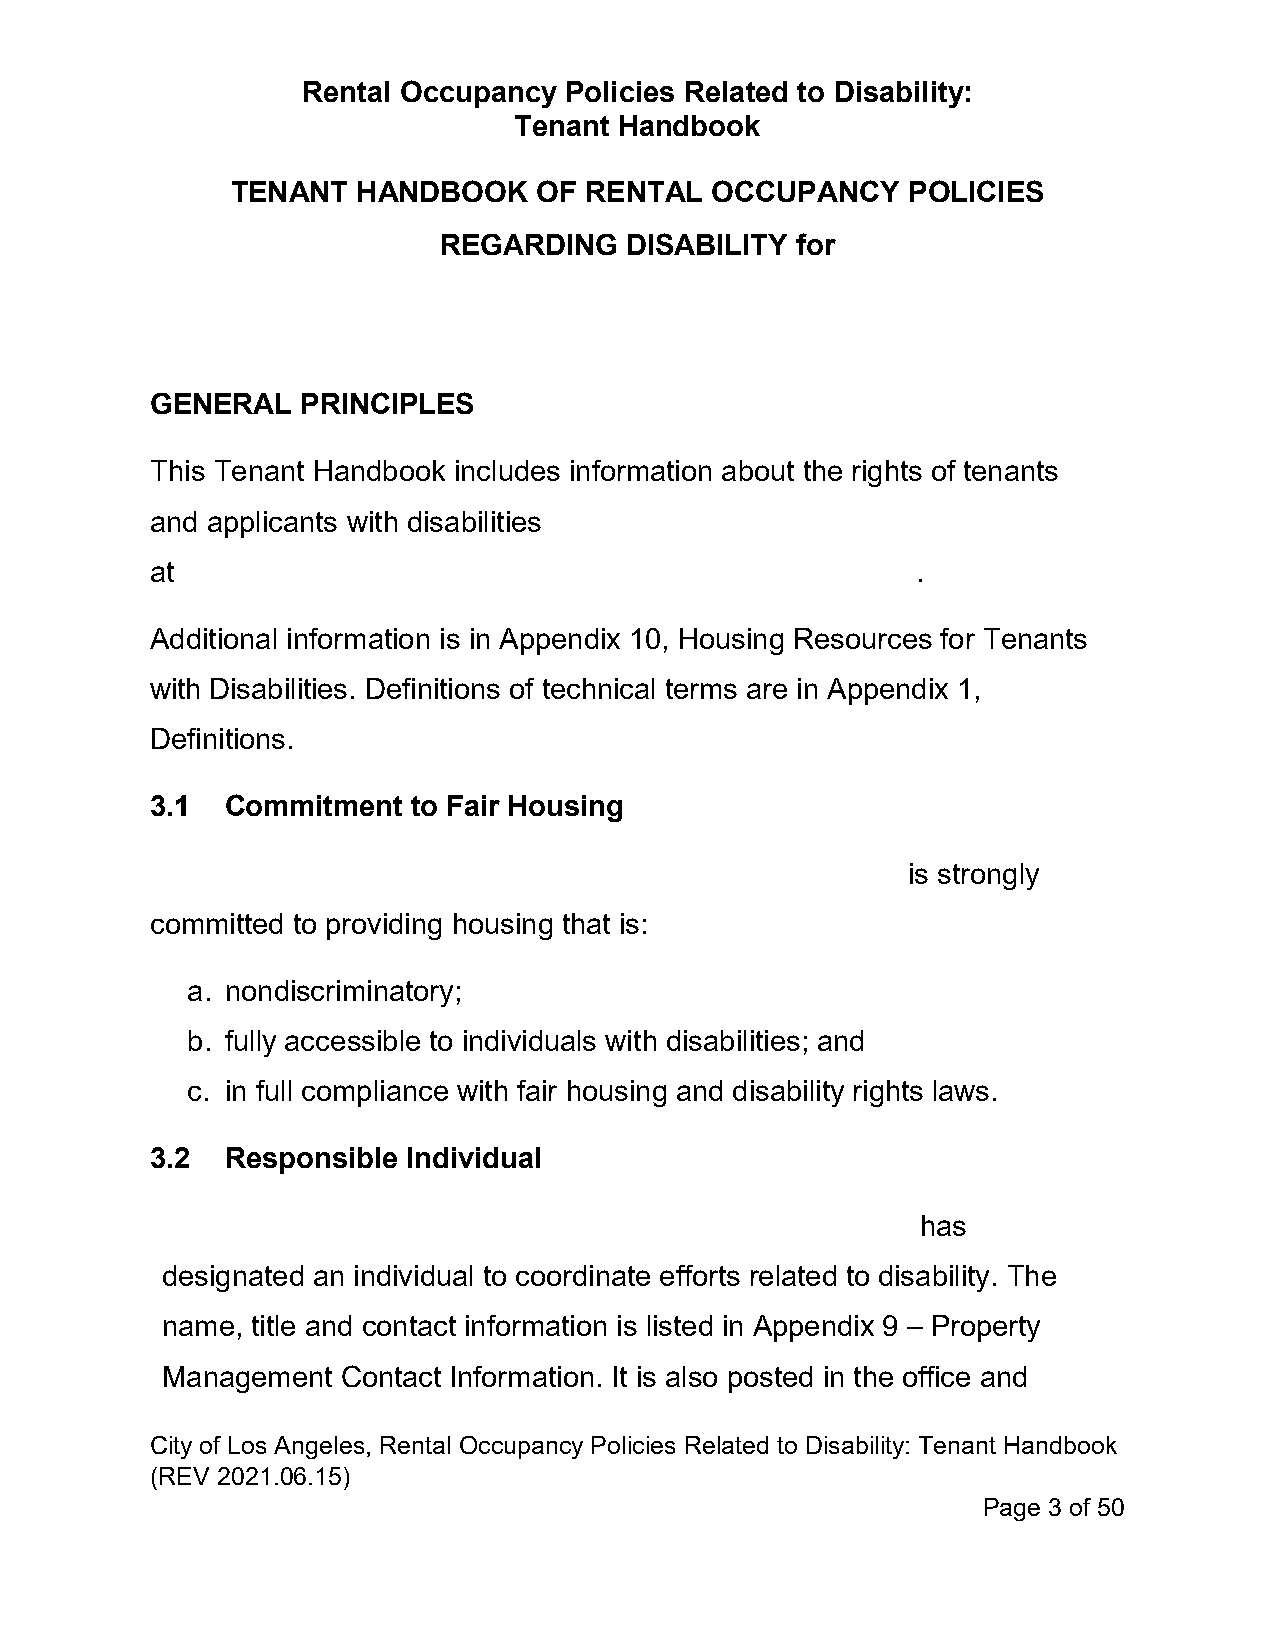
Rental Occupancy Policies Related to Disability:
 Tenant Handbook
 TENANT   HANDBOOK    OF RENTAL  OCCUPANCY    POLICIES
 REGARDING   DISABILITY  for
 GENERAL   PRINCIPLES
 This Tenant Handbook includes information about the rights of tenants
 and applicants with disabilities
 at                                                 .
 Additional information is in Appendix 10, Housing Resources for Tenants
 with Disabilities. Definitions of technical terms are in Appendix 1,
 Definitions.
 3.1  Commitment  to Fair Housing
 is strongly
 committed to providing housing that is:
 a. nondiscriminatory;
 b. fully accessible to individuals with disabilities; and
 c. in full compliance with fair housing and disability rights laws.
 3.2  Responsible Individual
 has
 designated an individual to coordinate efforts related to disability. The
 name, title and contact information is listed in Appendix 9 – Property
 Management  Contact Information. It is also posted in the office and
 City of Los Angeles, Rental Occupancy Policies Related to Disability: Tenant Handbook
 (REV 2021.06.15)
 Page 3 of 50